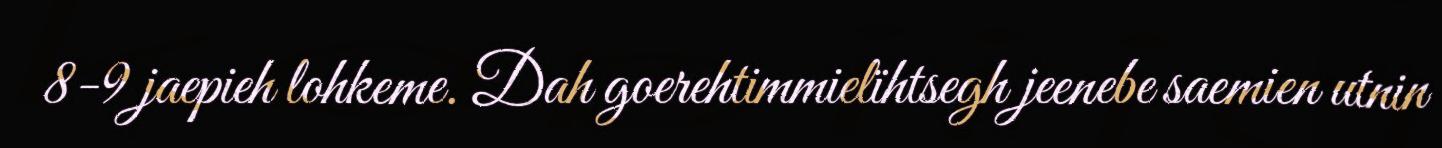
8-9 jaepieh lohkeme. Dah goerehtimmielïhtsegh jeenebe saemien utnin